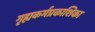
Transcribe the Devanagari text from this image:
गृह्यकर्मप्रकाशिका